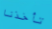
تأخذنا